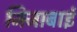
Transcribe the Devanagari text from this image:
जिजाबाईं